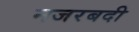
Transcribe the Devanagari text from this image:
नजरबदी